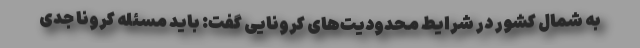
به شمال کشور در شرایط محدودیت‌های کرونایی گفت: باید مسئله کرونا جدی